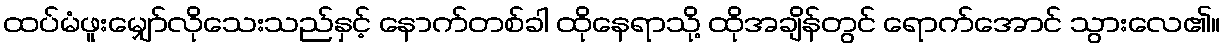
ထပ်မံဖူးမျှော်လိုသေးသည်နှင့် နောက်တစ်ခါ ထိုနေရာသို့ ထိုအချိန်တွင် ရောက်အောင် သွားလေ၏။